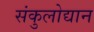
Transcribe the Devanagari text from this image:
संकुलोद्यान